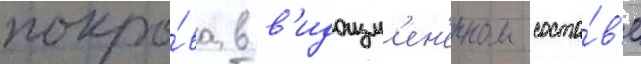
покро́ва в в'идоизм'ен'енном соста́в'е